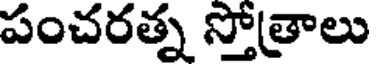
పంచరత్న స్తోత్రాలు